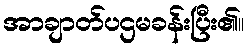
အာချာတ်ပဌမခန်းပြီး၏။